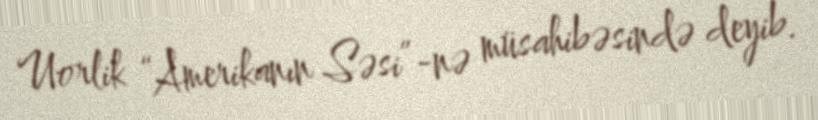
Uorlik “Amerikanın Səsi”-nə müsahibəsində deyib.